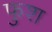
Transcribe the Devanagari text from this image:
फुश